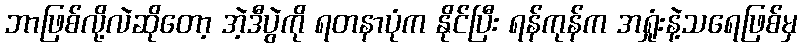
ဘာဖြစ်လို့လဲဆိုတော့ အဲ့ဒီပွဲကို ရတနာပုံက နိုင်ပြီး ရန်ကုန်က အရှုံးနဲ့သရေဖြစ်မှ